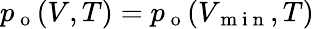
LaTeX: p_{\mathrm{~o~}}(V,T)=p_{\mathrm{~o~}}(V_{\mathrm{~m~i~n~}},T)